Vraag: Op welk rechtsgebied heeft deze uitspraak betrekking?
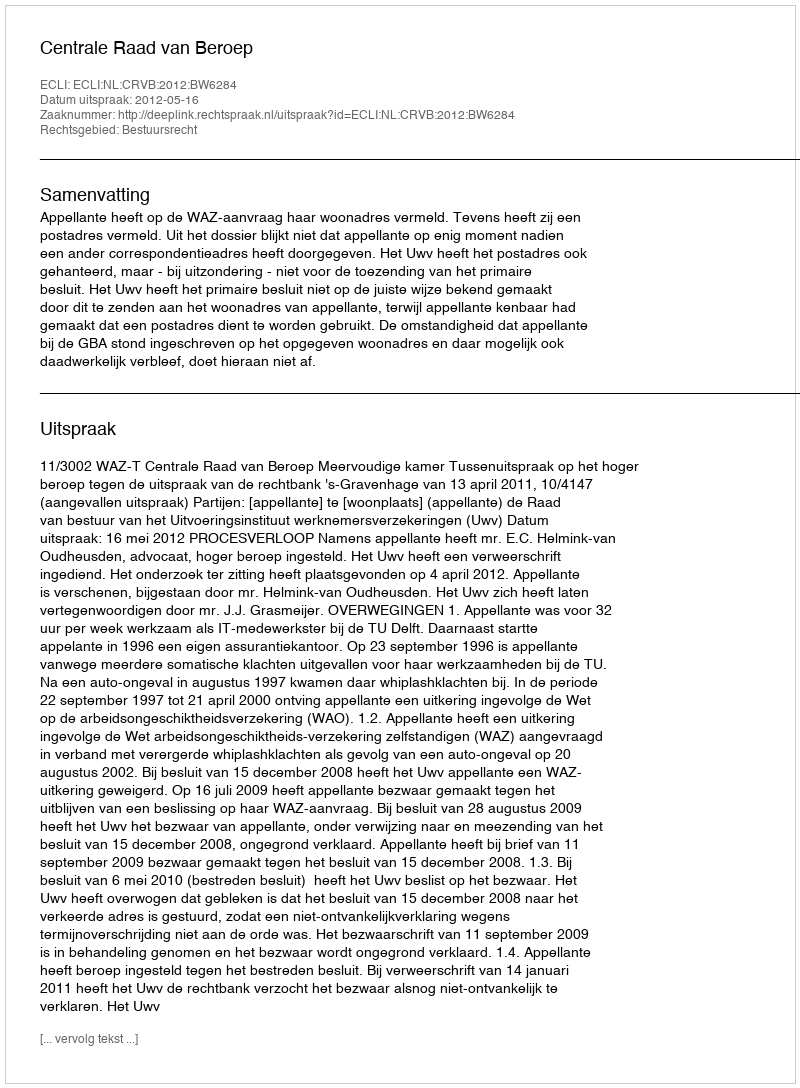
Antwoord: Bestuursrecht